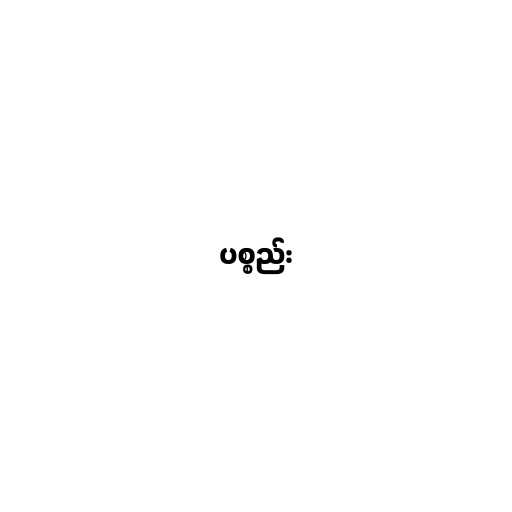
ပစ္စည်း